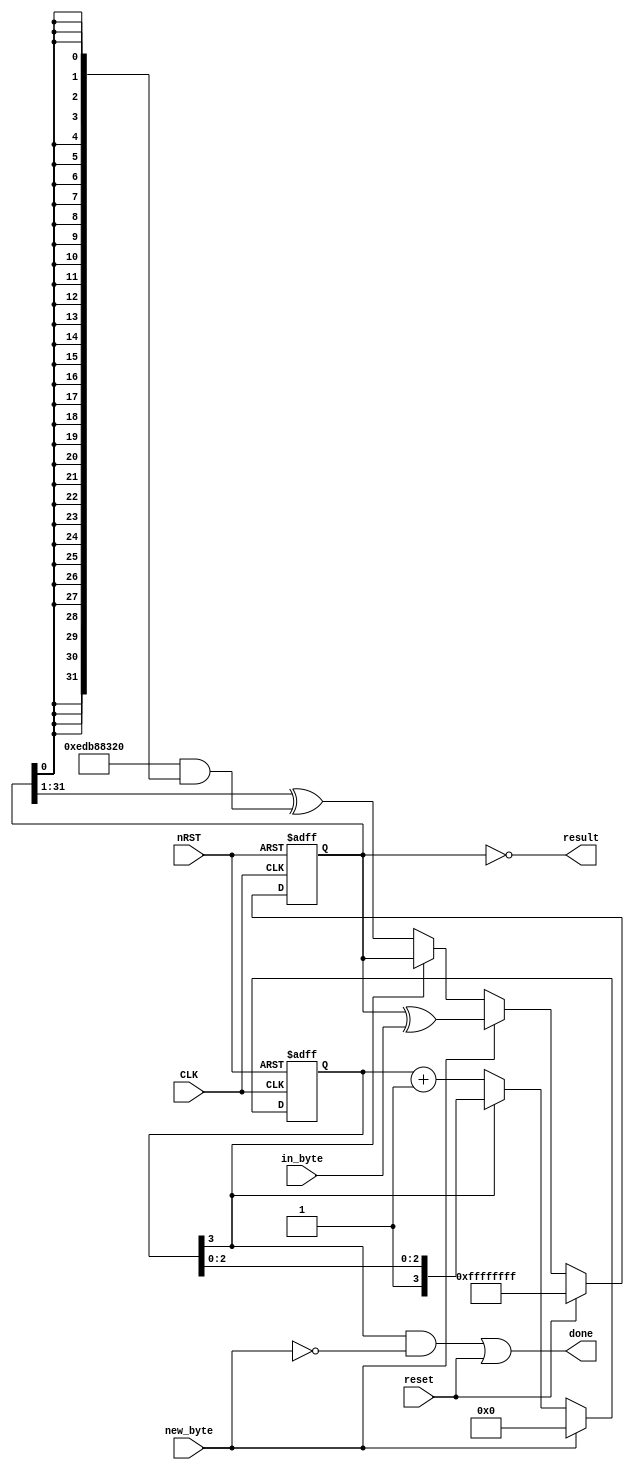
module crc32 (
	CLK,
	nRST,
	in_byte,
	reset,
	new_byte,
	done,
	result
);
	input wire CLK;
	input wire nRST;
	input wire [7:0] in_byte;
	input wire reset;
	input wire new_byte;
	output wire done;
	localparam rv32i_types_pkg_WORD_SIZE = 32;
	output wire [31:0] result;
	parameter POLY = 32'h04c11db7;
	parameter POLY_REV = 32'hedb88320;
	parameter POLY_REV_REC = 32'h82608edb;
	wire [31:0] next_crc;
	reg [31:0] curr_crc;
	wire [31:0] mask;
	wire update;
	reg [3:0] count;
	assign result = ~curr_crc;
	assign done = (count[3] & ~new_byte) | reset;
	assign update = ~count[3];
	assign mask = {32 {curr_crc[0]}};
	assign next_crc = (curr_crc >> 1) ^ (POLY_REV & mask);
	always @(posedge CLK or negedge nRST)
		if (~nRST)
			curr_crc <= {32 {1'sb1}};
		else if (reset)
			curr_crc <= {32 {1'sb1}};
		else if (new_byte)
			curr_crc <= curr_crc ^ {24'h000000, in_byte};
		else if (update)
			curr_crc <= next_crc;
	always @(posedge CLK or negedge nRST)
		if (~nRST)
			count <= 4'b1000;
		else if (new_byte)
			count <= 4'b0000;
		else if (update)
			count <= count + 1;
endmodule